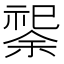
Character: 𫀟